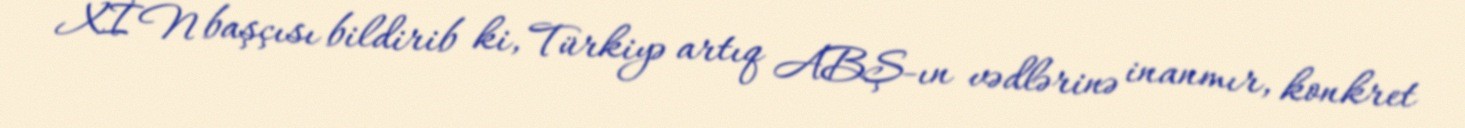
XİN başçısı bildirib ki, Türkiyə artıq ABŞ-ın vədlərinə inanmır, konkret